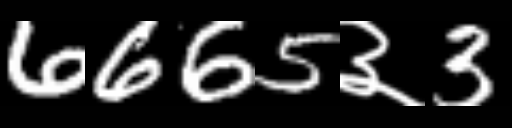
Text: 6665३3